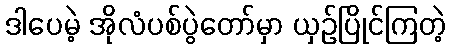
ဒါပေမဲ့ အိုလံပစ်ပွဲတော်မှာ ယှဉ်ပြိုင်ကြတဲ့